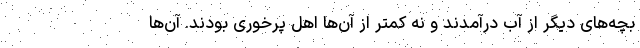
بچه‌های دیگر از آب درآمدند و نه کمتر از آن‌ها اهل پرخوری بودند. آن‌ها